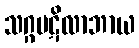
သဂ္ဂပဋိလာဘာယ